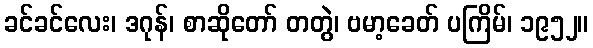
ခင်ခင်လေး၊ ဒဂုန်၊ စာဆိုတော် တတွဲ၊ ဗမာ့ခေတ် ပကြိမ်၊ ၁၉၅၂။